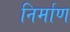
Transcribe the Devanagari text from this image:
निर्माण्‍ा